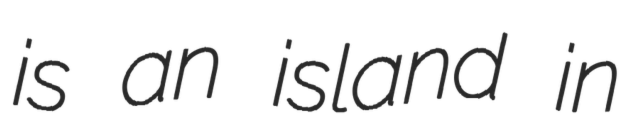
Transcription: is an island in